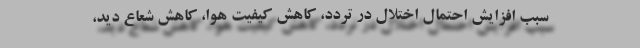
سبب افزایش احتمال اختلال در تردد، کاهش کیفیت هوا، کاهش شعاع دید،